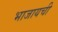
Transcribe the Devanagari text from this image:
भाजायची